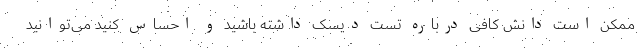
ممکن است دانش کافی درباره تست دیسک داشته باشید و احساس کنید می‌توانید